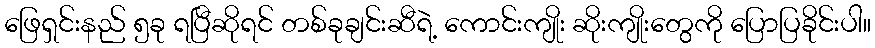
ဖြေရှင်းနည် ၅ခု ရပြီဆိုရင် တစ်ခုချင်းဆီရဲ့ ကောင်းကျိုး ဆိုးကျိုးတွေကို ပြောပြခိုင်းပါ။